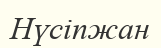
Нүсіпжан